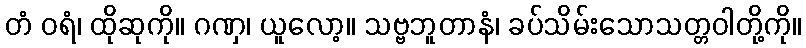
တံ ဝရံ၊ ထိုဆုကို။ ဂဏှ၊ ယူလော့။ သဗ္ဗဘူတာနံ၊ ခပ်သိမ်းသောသတ္တဝါတို့ကို။